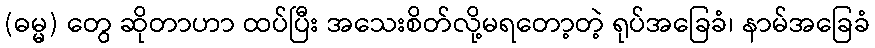
(ဓမ္မ) တွေ ဆိုတာဟာ ထပ်ပြီး အသေးစိတ်လို့မရတော့တဲ့ ရုပ်အခြေခံ၊ နာမ်အခြေခံ